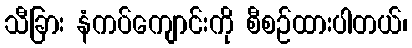
သီခြား နံကပ်ကျောင်းကို စီစဉ်ထားပါတယ်၊